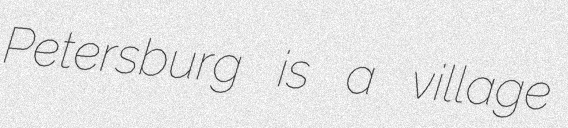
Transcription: Petersburg is a village